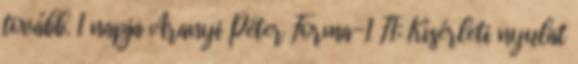
tovább. 1 napja Aranyi Péter Forma-1 F1: Kísérleti nyulat